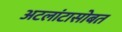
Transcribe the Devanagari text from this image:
अटलांटासोबत